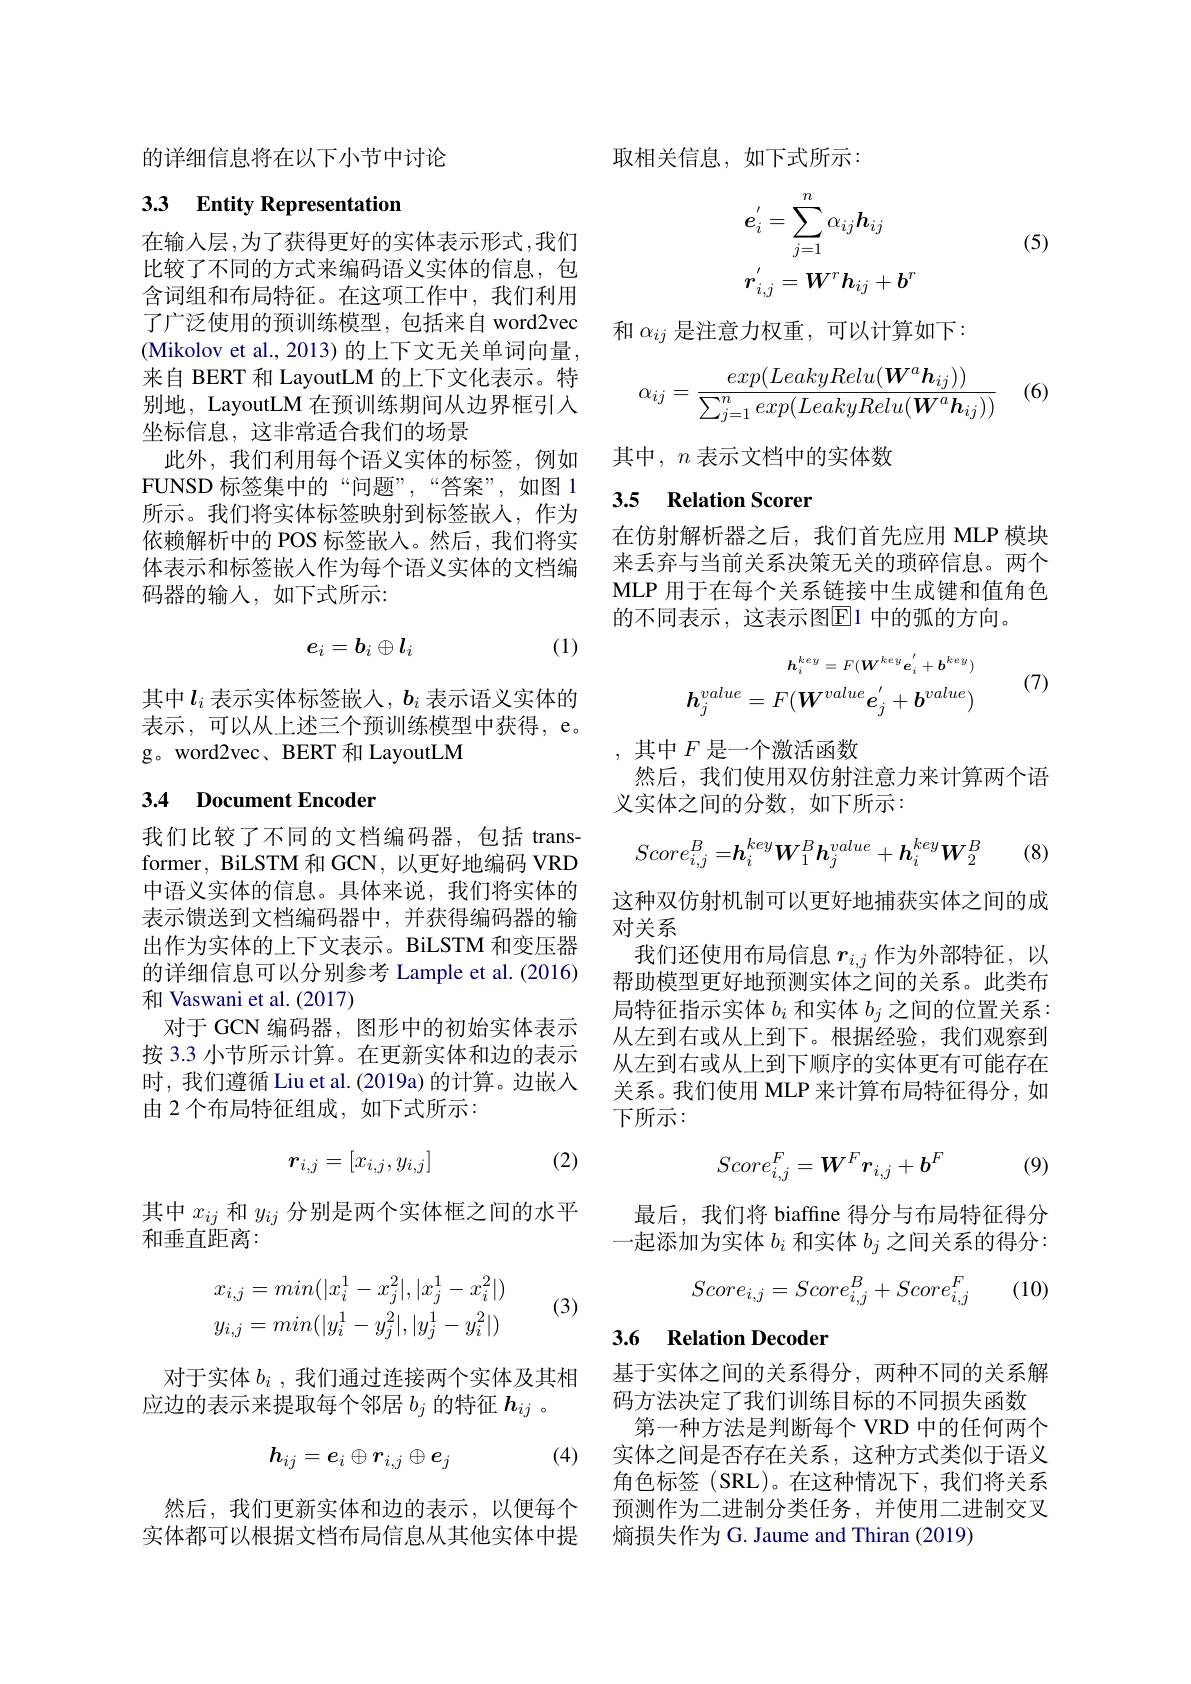
的详细信息将在以下小节中讨论

# 33 Entity Representation

在输入层，为了获得更好的实体表示形式，我们比较了不同的方式来编码语义实体的信息，包含词组和布局特征。在这项工作中，我们利用了广泛使用的预训练模型，包括来自 word2vec (Mikolov et al., 2013)的上下文无关单词向量， 来自 BERT 和 LayoutLM 的上下文化表示。特别地，LayoutLM 在预训练期间从边界框引入坐标信息，这非常适合我们的场景
此外，我们利用每个语义实体的标签，例如FUNSD标签集中的“问题”,“答案”,如图 1所示。我们将实体标签映射到标签嵌人，作为依赖解析中的 POS 标签嵌入。然后，我们将实体表示和标签嵌入作为每个语义实体的文档编码器的输入，如下式所示：

(1)
$$e_i=b_i\oplus l_i$$
其中$l_i$ 表示实体标签嵌人，$b_i$ 表示语义实体的表示，可以从上述三个预训练模型中获得，e。g。word2vec、BERT 和 LayoutLM

### 3.4 Document Encoder

我们比较了不同的文档编码器，包括 transformer, BiLSTM 和 GCN, 以更好地编码 VRD 中语义实体的信息。具体来说，我们将实体的表示馈送到文档编码器中，并获得编码器的输出作为实体的上下文表示。BiLSTM 和变压器的详细信息可以分别参考 Lample et al. (2016) 和 Vaswani et al.(2017)
对于 GCN 编码器，图形中的初始实体表示按 3.3 小节所示计算。在更新实体和边的表示时，我们遵循 Liu et al. (2019a) 的计算。边嵌入由 2 个布局特征组成，如下式所示：

(2)
$$r_{i,j}=[x_{i,j},y_{i,j}]$$
其中$x_{ij}$和$y_{ij}$分别是两个实体框之间的水平
和垂直距离：
$$\begin{aligned}x_{i,j}&=min(|x_i^1-x_j^2|,|x_j^1-x_i^2|)\\y_{i,j}&=min(|y_i^1-y_j^2|,|y_j^1-y_i^2|)\end{aligned}$$
(3)

对于实体$b_i$ , 我们通过连接两个实体及其相
应边的表示来提取每个邻居$b_j$的特征$h_{ij}$ 。

(4)
$$h_{ij}=e_i\oplus r_{i,j}\oplus e_j$$
然后，我们更新实体和边的表示，以便每个实体都可以根据文档布局信息从其他实体中提

取相关信息，如下式所示：

(5)
$$\begin{aligned}&e_{i}^{'}=\sum_{j=1}^{n}\alpha_{ij}\boldsymbol{h}_{ij}\\&r_{i,j}^{'}=\boldsymbol{W}^{r}\boldsymbol{h}_{ij}+\boldsymbol{b}^{r}\end{aligned}$$
和$\alpha_{ij}$是注意力权重，可以计算如下：

(6)
$$\alpha_{ij}=\frac{exp(LeakyRelu(\boldsymbol W^a\boldsymbol h_{ij}))}{\sum_{j=1}^nexp(LeakyRelu(\boldsymbol W^a\boldsymbol h_{ij}))}$$
其中$,n$ 表示文档中的实体数

## 3.5 Relation Scorer

在仿射解析器之后，我们首先应用 MLP 模块来丢弃与当前关系决策无关的琐碎信息。两个MLP 用于在每个关系链接中生成键和值角色的不同表示，这表示图$\overline{\mathrm{E}}$1 中的弧的方向。

(7)
$$h_{i}^{key}=F(\boldsymbol{W}^{key}\boldsymbol{e}_{i}^{'}+\boldsymbol{b}^{key})\\\boldsymbol{h}_{j}^{value}=F(\boldsymbol{W}^{value}\boldsymbol{e}_{j}^{'}+\boldsymbol{b}^{value})$$
,其中$F$是一个激活函数
然后，我们使用双仿射注意力来计算两个语
义实体之间的分数，如下所示：
$$Score_{i,j}^B=\boldsymbol{h}_i^{key}\boldsymbol{W}_1^B\boldsymbol{h}_j^{value}+\boldsymbol{h}_i^{key}\boldsymbol{W}_2^B$$
(8)

这种双仿射机制可以更好地捕获实体之间的成
对关系
我们还使用布局信息$r_{i,j}$作为外部特征，以帮助模型更好地预测实体之间的关系。此类布局特征指示实体$b_i$和实体$b_j$之间的位置关系： 从左到右或从上到下。根据经验，我们观察到从左到右或从上到下顺序的实体更有可能存在关系。我们使用 MLP 来计算布局特征得分，如下所示：
$$Score_{i,j}^F=W^Fr_{i,j}+b^F$$
(9)

最后，我们将 biaffine 得分与布局特征得分一起添加为实体$b_i$和实体$b_j$之间关系的得分：

(10)
$$Score_{i,j}=Score_{i,j}^B+Score_{i,j}^F$$
## 3.6 Relation Decoder

基于实体之间的关系得分，两种不同的关系解
码方法决定了我们训练目标的不同损失函数
第一种方法是判断每个 VRD 中的任何两个实体之间是否存在关系，这种方式类似于语义角色标签(SRL)。在这种情况下，我们将关系预测作为二进制分类任务，并使用二进制交叉熵损失作为 G. Jaume and Thiran (2019)